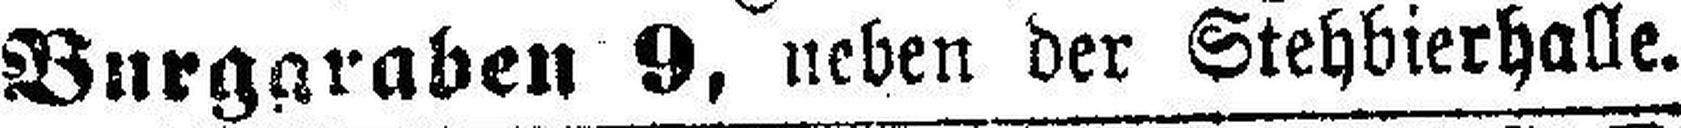
Burgaraben 9, neben der Stehbierhalle.